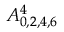
A _ { 0 , 2 , 4 , 6 } ^ { 4 }